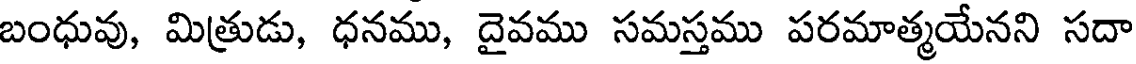
బంధువు, మిత్రుడు, ధనము, దైవము సమస్తము పరమాత్మయేనని సదా